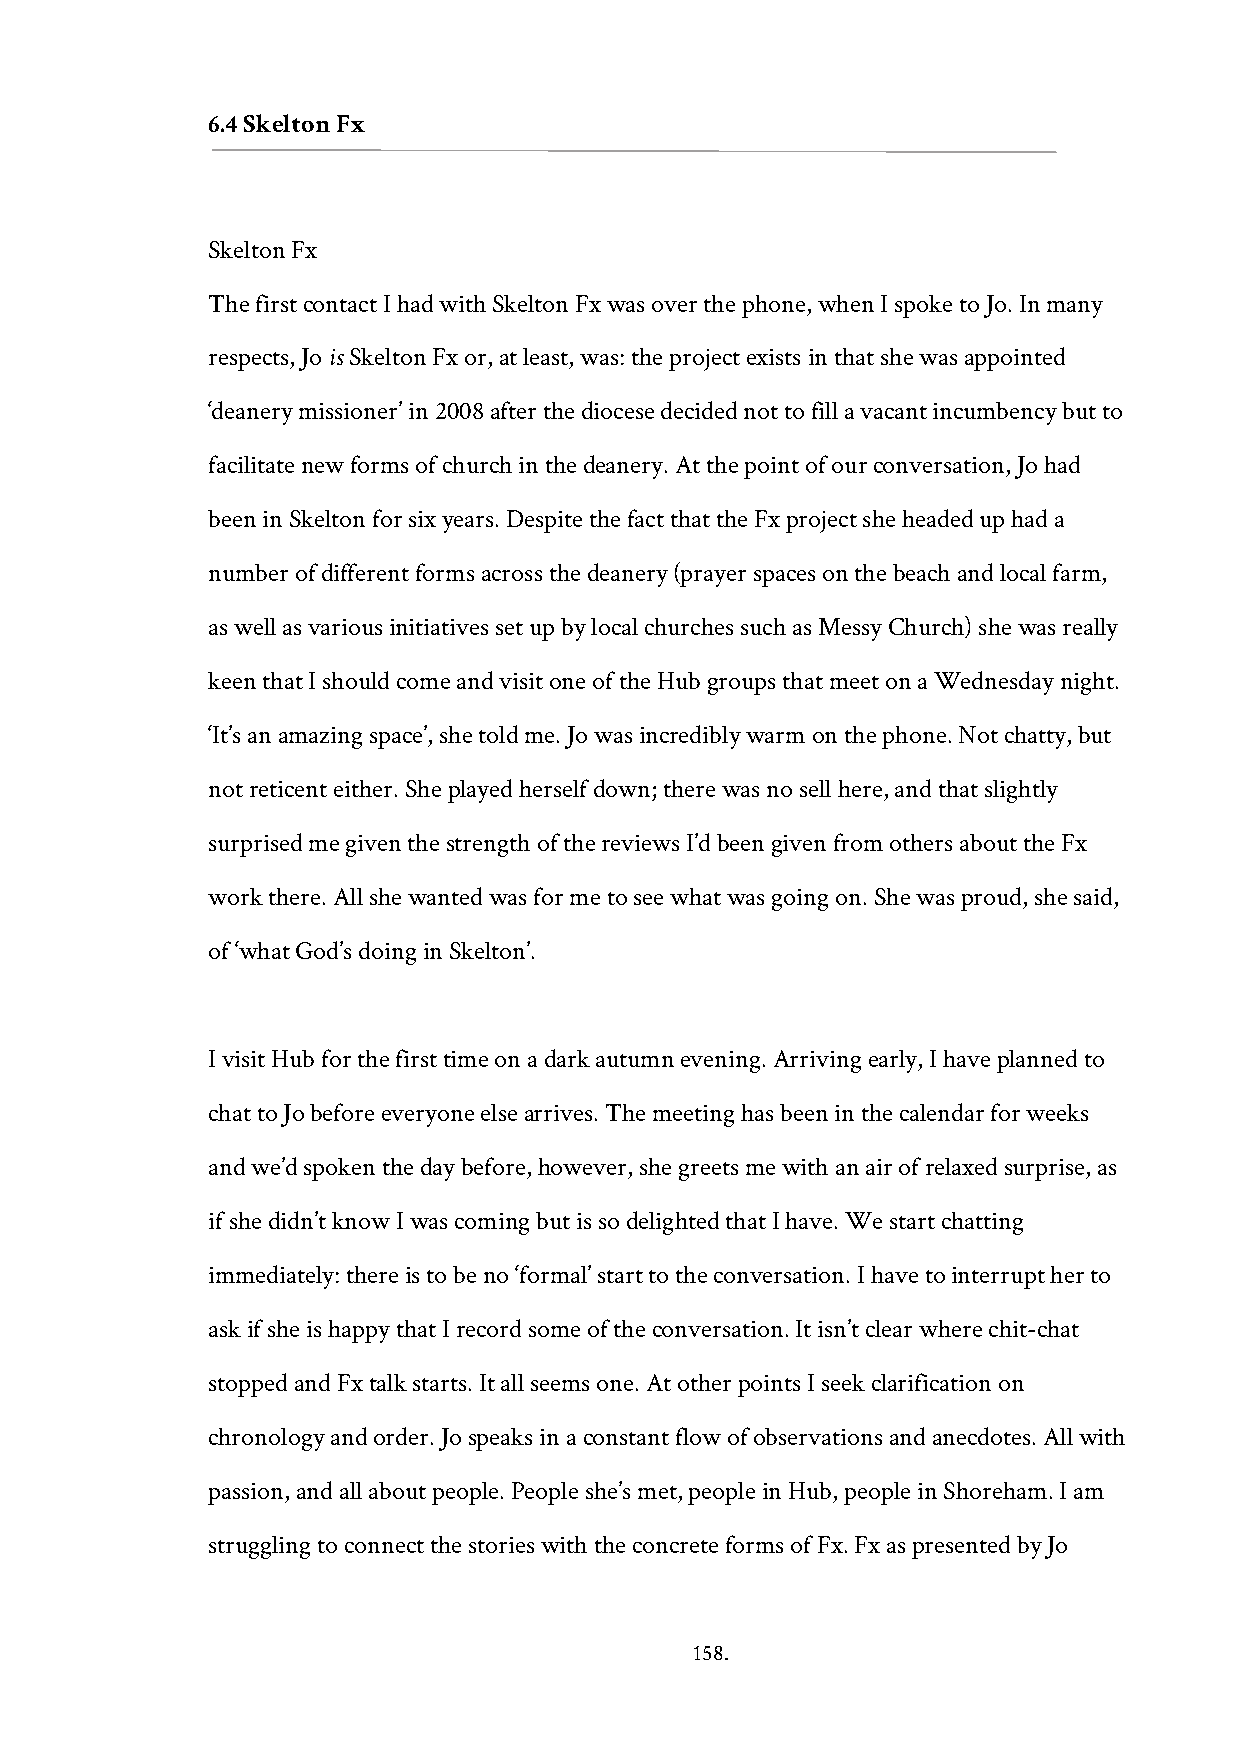
6.4 Skelton Fx
 Skelton Fx
 The first contact I had with Skelton Fx was over the phone, when I spoke to Jo. In many
 respects, Jo is Skelton Fx or, at least, was: the project exists in that she was appointed
 ‘deanery missioner’ in 2008 after the diocese decided not to fill a vacant incumbency but to
 facilitate new forms of church in the deanery. At the point of our conversation, Jo had
 been in Skelton for six years. Despite the fact that the Fx project she headed up had a
 number of different forms across the deanery (prayer spaces on the beach and local farm,
 as well as various initiatives set up by local churches such as Messy Church) she was really
 keen that I should come and visit one of the Hub groups that meet on a Wednesday night.
 ‘It’s an amazing space’, she told me. Jo was incredibly warm on the phone. Not chatty, but
 not reticent either. She played herself down; there was no sell here, and that slightly
 surprised me given the strength of the reviews I’d been given from others about the Fx
 work there. All she wanted was for me to see what was going on. She was proud, she said,
 of ‘what God’s doing in Skelton’.
 I visit Hub for the first time on a dark autumn evening. Arriving early, I have planned to
 chat to Jo before everyone else arrives. The meeting has been in the calendar for weeks
 and we’d spoken the day before, however, she greets me with an air of relaxed surprise, as
 if she didn’t know I was coming but is so delighted that I have. We start chatting
 immediately: there is to be no ‘formal’ start to the conversation. I have to interrupt her to
 ask if she is happy that I record some of the conversation. It isn’t clear where chit-chat
 stopped and Fx talk starts. It all seems one. At other points I seek clarification on
 chronology and order. Jo speaks in a constant flow of observations and anecdotes. All with
 passion, and all about people. People she’s met, people in Hub, people in Shoreham. I am
 struggling to connect the stories with the concrete forms of Fx. Fx as presented by Jo
 158.